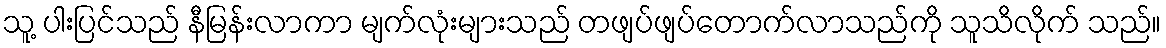
သူ့ ပါးပြင်သည် နီမြန်းလာကာ မျက်လုံးများသည် တဖျပ်ဖျပ်တောက်လာသည်ကို သူသိလိုက် သည်။